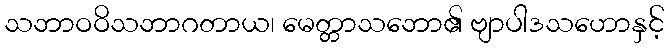
သဘာဝဝိသဘာဂတာယ၊ မေတ္တာသဘော၏ ဗျာပါဒသဟောနှင့်